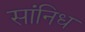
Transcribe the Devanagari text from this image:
सांनिध